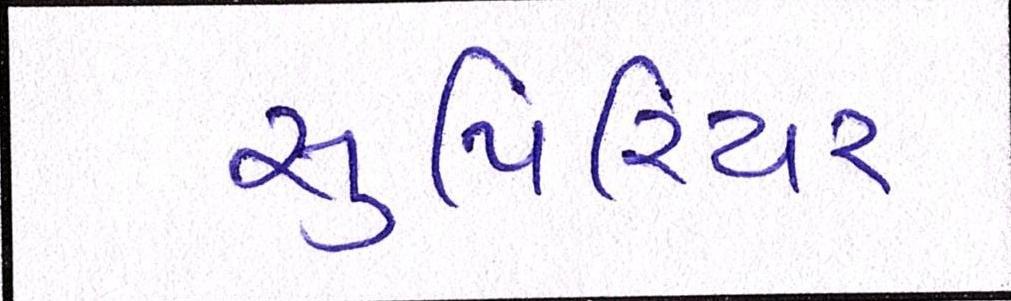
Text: સુપિરિયર